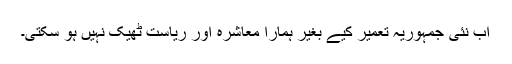
اب نئی جمہوریہ تعمیر کیے بغیر ہمارا معاشرہ اور ریاست ٹھیک نہیں ہو سکتی۔